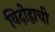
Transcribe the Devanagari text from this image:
विदोहाची